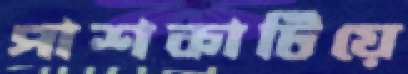
পাশকাটিয়ে